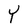
Character: Y